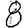
Digit: 8